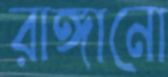
রাঙ্গানো